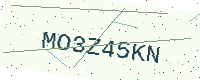
Text: MO3Z45KN